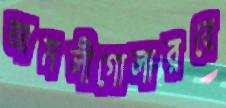
আমলীগোলারবে